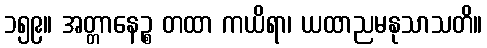
၁၅၉။ အတ္တာနေဉ္စ တထာ ကယိရာ၊ ယထာညမနုသာသတိ။